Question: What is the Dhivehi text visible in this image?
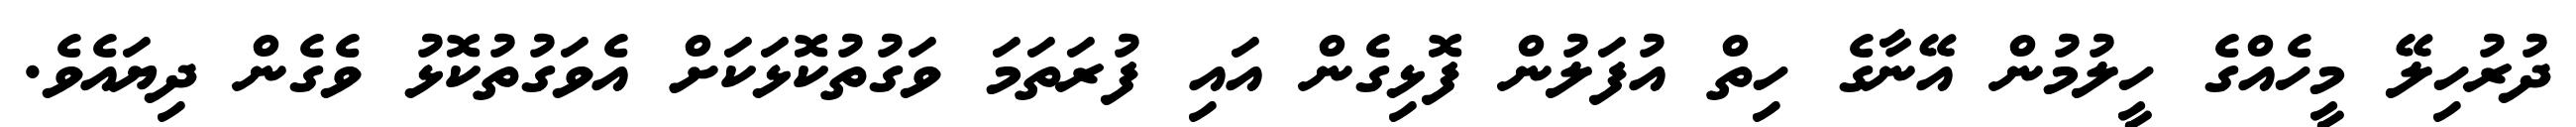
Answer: ދުރުހިލޭ މީހެއްގެ ހީލުމުން އޭނާގެ ހިތް އުފަލުން ފޮޅިގެން އައި ފުރަތަމަ ވަގުތުކޮޅަކަށް އެވަގުތުކޮޅު ވެގެން ދިޔައެވެ.